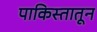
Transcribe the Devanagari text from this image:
पाकिस्तातून